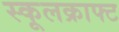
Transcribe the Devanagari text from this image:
स्कूलक्राफ्ट